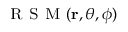
\textsc { R S M } ( \mathbf { r } , \theta , \phi )